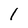
Character: 1